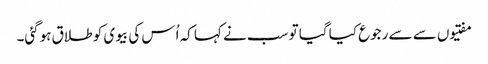
مفتیوں سے سے رجوع کیا گیا تو سب نے کہا کہ اُس کی بیوی کو طلاق ہوگئی۔